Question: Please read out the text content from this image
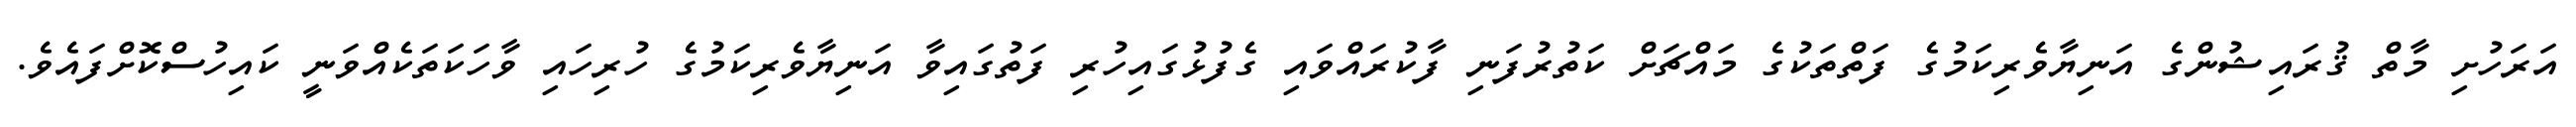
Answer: އަރަހުށި މާތް ޤުރައިޝުންގެ އަނިޔާވެރިކަމުގެ ފަތްތަކުގެ މައްޗަށް ކަތުރުފަނި ފާކުރައްވައި ގެފުޅުގައިހުރި ފަތުގައިވާ އަނިޔާވެރިކަމުގެ ހުރިހައި ވާހަކަތަކެއްވަނީ ކައިހުސްކޮށްފައެވެ.